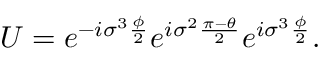
U = e ^ { - i { \sigma } ^ { 3 } \frac { \phi } { 2 } } e ^ { i { \sigma } ^ { 2 } \frac { \pi - \theta } { 2 } } e ^ { i { \sigma } ^ { 3 } \frac { \phi } { 2 } } .